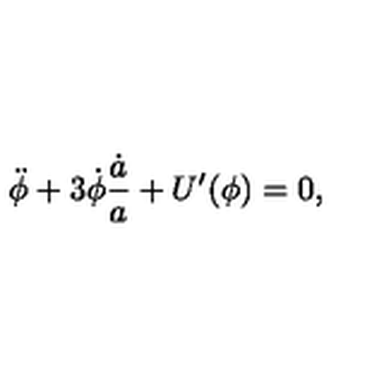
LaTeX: \ddot { \phi } + 3 \dot { \phi } \frac { \dot { a } } { a } + U ^ { \prime } ( \phi ) = 0 ,